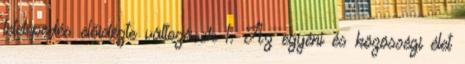
letelepedés előidézte változások 1. Az egyéni és közösségi élet